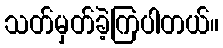
သတ်မှတ်ခဲ့ကြပါတယ်။